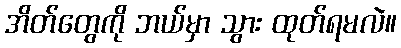
အိတ်တွေကို ဘယ်မှာ သွား ထုတ်ရမလဲ။